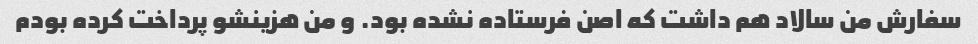
سفارش من سالاد هم داشت که اصن فرستاده نشده بود. و من هزینشو پرداخت کرده بودم